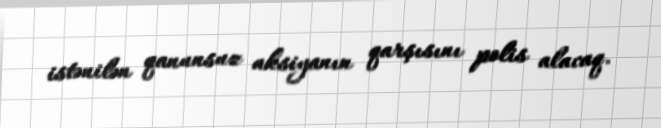
istənilən qanunsuz aksiyanın qarşısını polis alacaq.